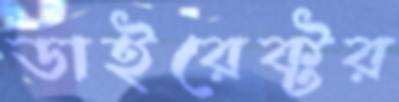
ডাইরেক্টর